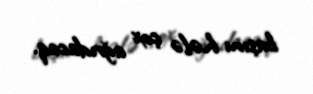
başını hələ çox ağrıdacaq.